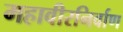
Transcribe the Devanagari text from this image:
महावीरनिर्वाण